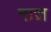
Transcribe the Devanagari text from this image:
माज़